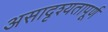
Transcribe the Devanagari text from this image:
असादृश्यतापूर्ण